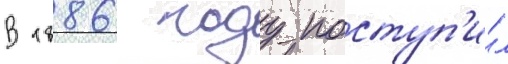
В 1886 году поступ'и́л